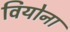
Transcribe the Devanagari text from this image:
वियोना